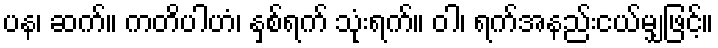
ပန၊ ဆက်။ ကတိပါဟံ၊ နှစ်ရက် သုံးရက်။ ဝါ၊ ရက်အနည်းငယ်မျှဖြင့်။